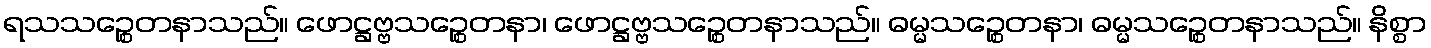
ရသသဉ္စေတနာသည်။ ဖောဋ္ဌဗ္ဗသဉ္စေတနာ၊ ဖောဋ္ဌဗ္ဗသဉ္စေတနာသည်။ ဓမ္မသဉ္စေတနာ၊ ဓမ္မသဉ္စေတနာသည်။ နိစ္စာ